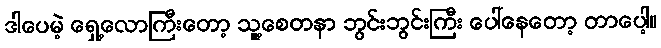
ဒါပေမဲ့ ရှေ့လောကြီးတော့ သူ့စေတနာ ဘွင်းဘွင်းကြီး ပေါ်နေတော့ တာပေါ့။